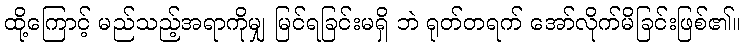
ထို့ကြောင့် မည်သည့်အရာကိုမျှ မြင်ရခြင်းမရှိ ဘဲ ရုတ်တရက် အော်လိုက်မိခြင်းဖြစ်၏။